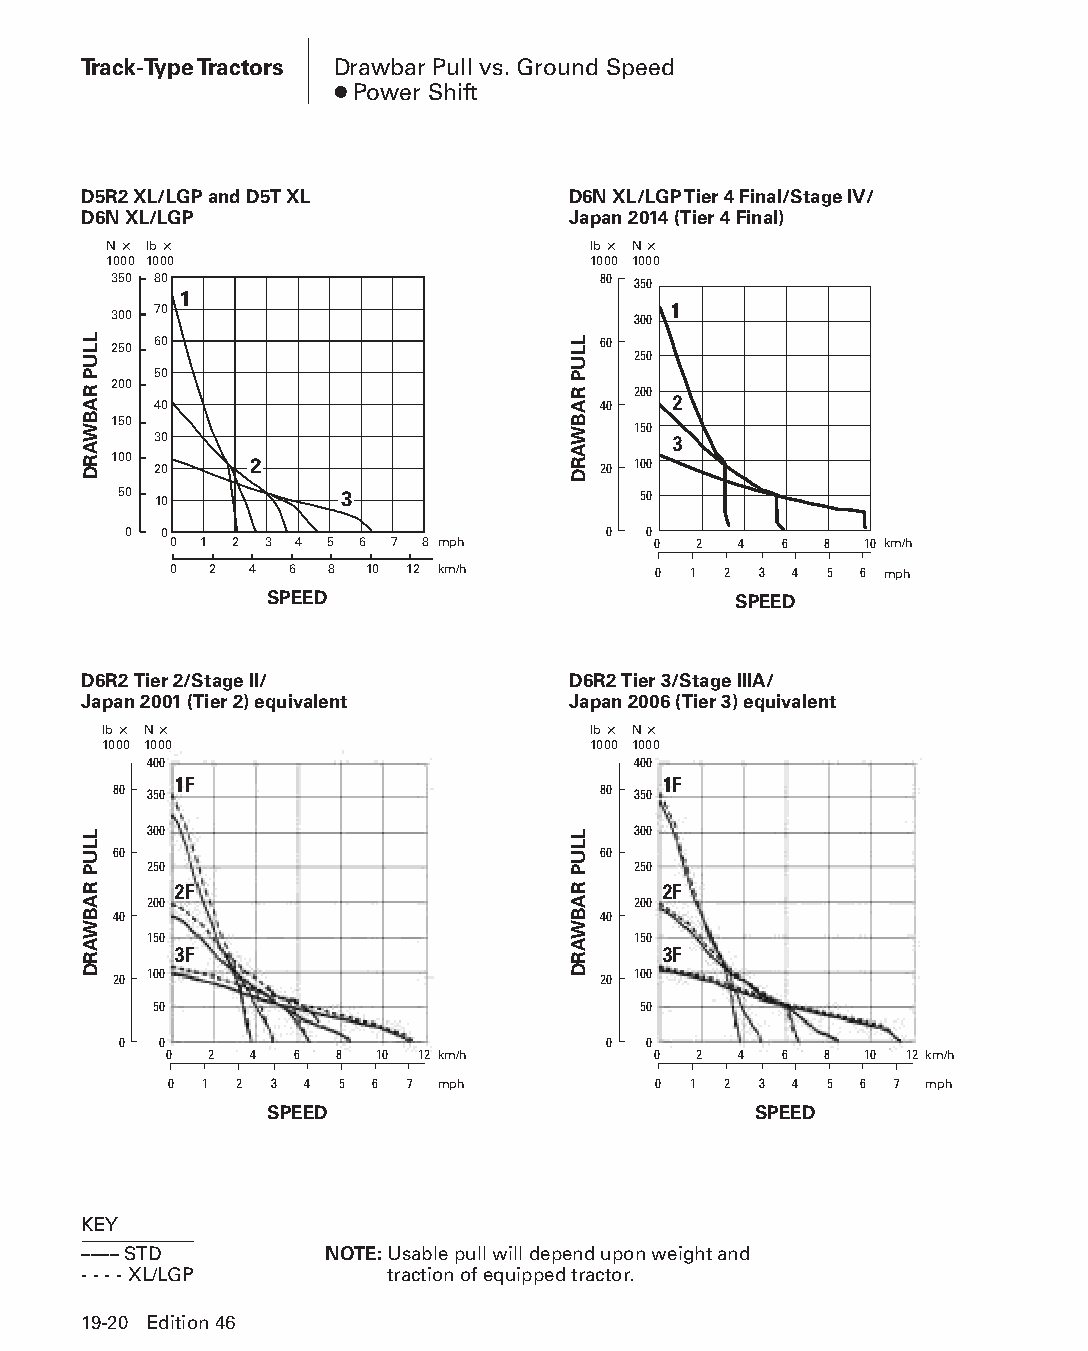
Track-Type Tractors Drawbar Pull vs. Ground Speed
 ● Power Shift
 D5R2 XL/LGP and D5T XL          D6N XL/LGP Tier 4 Final/Stage IV/
 D6N XL/LGP                      Japan 2014 (Tier 4 Final)
 N × lb ×                        lb × N ×
 1000 1000                       1000 1000
 350 80                          80 350
 1
 300 70                            300 1
 60                           60
 250                               250
 50
 200                               200 2
 40                           40
 150                               150
 30                                3
 100 20   2                      20 100
 50 10          3                   50
 0 0                            0  0
 0 1 2 3 4 5 6 7 8 mph           0 2  4  6  8  10 km/h
 0 2  4 6  8  10 12 km/h         0 1 2  3 4 5 6 mph
 SPEED                          SPEED
 D6R2 Tier 2/Stage II/           D6R2 Tier 3/Stage IIIA/
 Japan 2001 (Tier 2) equivalent  Japan 2006 (Tier 3) equivalent
 lb × N ×                        lb × N ×
 1000 1000                       1000 1000
 400                             400
 1F                              1F
 80 350                          80 350
 300                             300
 60                              60
 250                             250
 2F                              2F
 200                             200
 40                              40
 150                             150
 3F                              3F
 20 100                          20 100
 50                               50
 0  0                            0  0
 0  2  4  6  8 10 12 km/h         0 2  4  6  8  10 12 km/h
 0  1 2 3  4 5 6 7 mph            0 1 2  3 4 5 6  7 mph
 SPEED                           SPEED
 KEY
 –––– STD        NOTE: Usable pull will depend upon weight and
 - - - - XL/LGP      traction of equipped tractor.
 19-20 Edition 46
 PPHHBB--SSeecc1199--TTrraacckk--TTyyppeeTTrraaccttoorrss((ppgg0011--2288))..iinndddd 2200 1122//44//1155 1100::5588 AAMM
 LLUP
 RABWARD
 LLUP
 RABWARD
 LLUP
 RABWARD
 LLUP
 RABWARD